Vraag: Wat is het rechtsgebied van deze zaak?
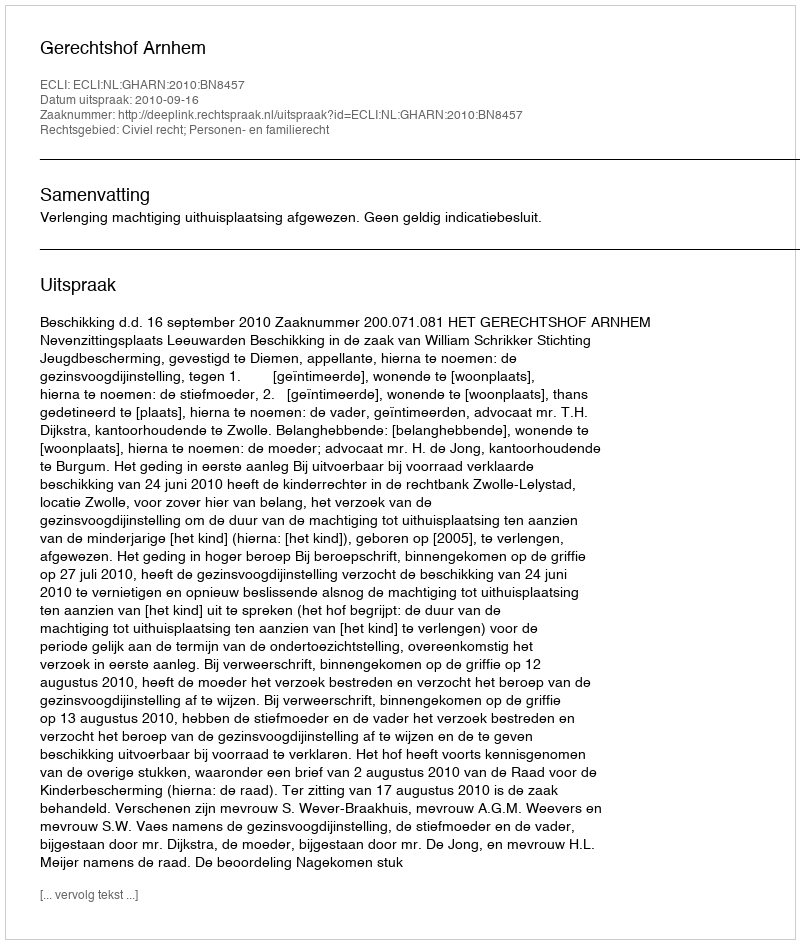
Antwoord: Civiel recht; Personen- en familierecht